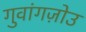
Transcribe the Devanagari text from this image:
गुवांगज़ोउ